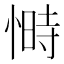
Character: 𭝿